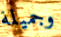
وجميلة